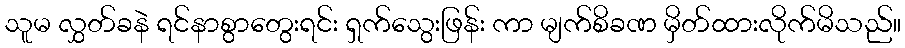
သူမ လွှတ်ခနဲ ရင်နာစွာတွေးရင်း ရှက်သွေးဖြန်း ကာ မျက်စိခဏ မှိတ်ထားလိုက်မိသည်။